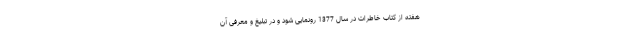
هفته از کتاب خاطرات در سال 1377 رونمایی شود و در تبلیغ و معرفی آن